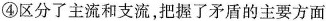
④区分了主流和支流，把握了矛盾的主要方面